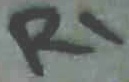
Text: R1